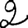
Digit: 2